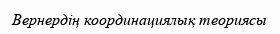
Вернердің координациялық теориясы